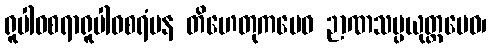
ရူပါဝစရာရူပါဝစရံပန တိဟေတုကမေဝ ဉာဏသမ္ပယုတ္တမေဝ၊